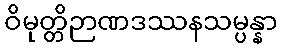
ဝိမုတ္တိဉာဏဒဿနသမ္ပန္နာ